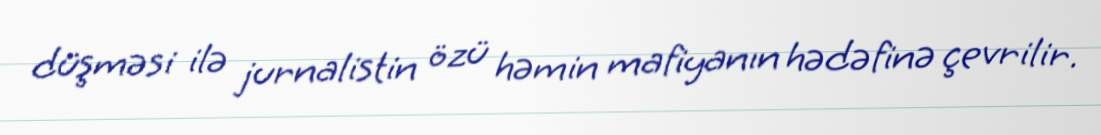
düşməsi ilə jurnalistin özü həmin mafiyanın hədəfinə çevrilir.